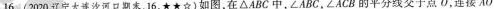
16.(2020辽宁大连沙河口期末，16，★☆☆)如图，在△ABC中，∠ABC，∠ACB的平分线交于点O，连接AO